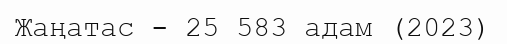
Жаңатас - 25 583 адам (2023)